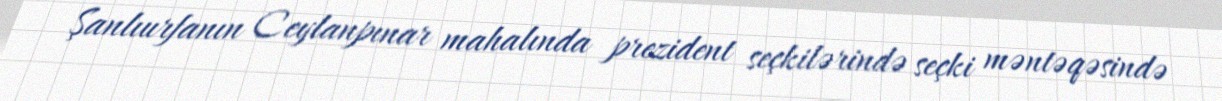
Şanlıurfanın Ceylanpınar mahalında prezident seçkilərində seçki məntəqəsində